Lunatic asylums Punjab 1895-1910 - 1895-1910
Year: 1895
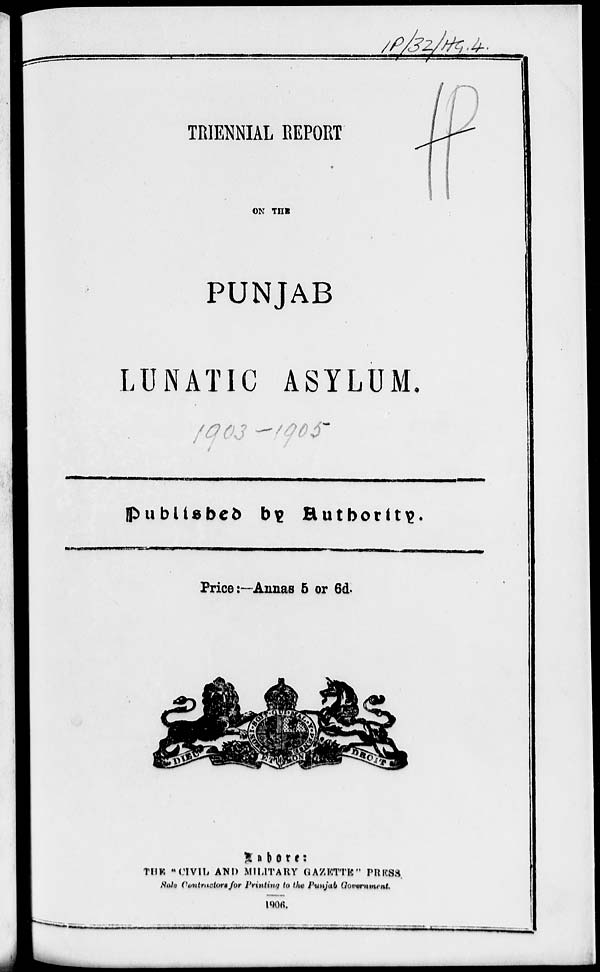
TRIENNIAL REPORT
ON THE
PUNJAB
LUNATIC ASYLUM.
Published by
Authority.
Price:—Annas 5 or 6d.
Lahore:
THE "CIVIL AND MILITARY GAZETTE" PRESS.
Sale Contractors for Printing to the Punjab Government.
1906.